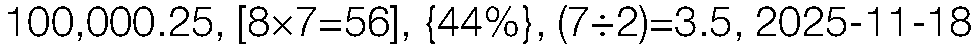
100,000.25, [8×7=56], {44%}, (7÷2)=3.5, 2025-11-18